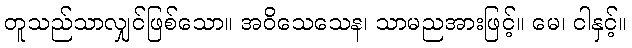
တူသည်သာလျှင်ဖြစ်သော။ အဝိသေသေန၊ သာမညအားဖြင့်။ မေ၊ ငါနှင့်။